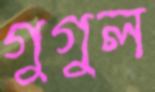
গুগুল